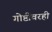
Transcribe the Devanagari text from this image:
गोष्टींवरही